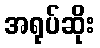
အရုပ်ဆိုး